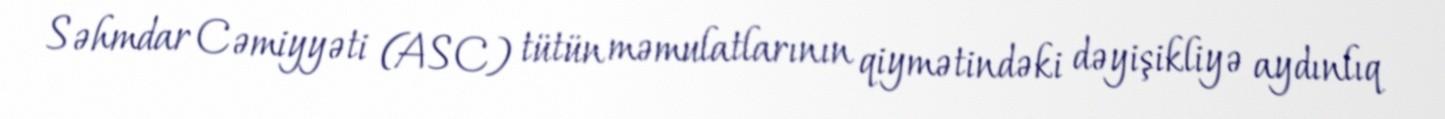
Səhmdar Cəmiyyəti (ASC) tütün məmulatlarının qiymətindəki dəyişikliyə aydınlıq